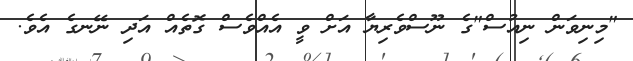
"މިނިވަން ނިއުސް"ގެ ނޫސްވެރިޔާ އަށް ވީ އެއްވެސް ގޮތެއް އަދި ނޭނގެ އެވެ.